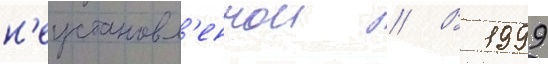
н'еустановл'еннои // В 1999